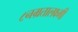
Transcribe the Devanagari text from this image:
८नम्रतालक्ष्मी